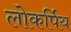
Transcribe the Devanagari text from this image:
लोकर्पिय